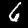
Digit: 6